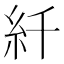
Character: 䊹